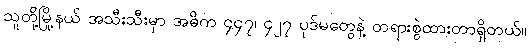
သူတို့မြို့နယ် အသီးသီးမှာ အဓိက ၄၄၇၊ ၄၂၇ ပုဒ်မတွေနဲ့ တရားစွဲထားတာရှိတယ်။